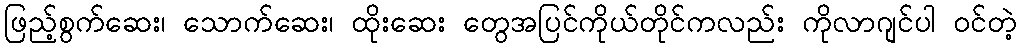
ဖြည့်စွက်ဆေး၊ သောက်ဆေး၊ ထိုးဆေး တွေအပြင်ကိုယ်တိုင်ကလည်း ကိုလာဂျင်ပါ ဝင်တဲ့